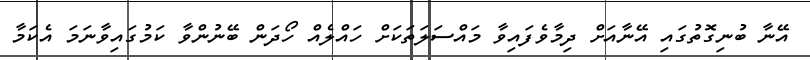
އޭނާ ބުނިގޮތުގައި އޭނާއަށް ދިމާވެފައިވާ މައްސަލަތަކަށް ހައްލެއް ހޯދަން ބޭނުންވާ ކަމުގައިވާނަމަ އެކަމާ